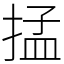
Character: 掹